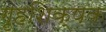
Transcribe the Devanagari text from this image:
गृहशिक्षक